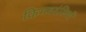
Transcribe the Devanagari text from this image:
किमवदंतियों